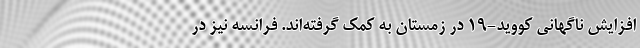
افزایش ناگهانی کووید-19 در زمستان به کمک گرفته‌اند. فرانسه نیز در